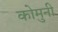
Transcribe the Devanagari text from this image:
कोमुनी